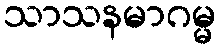
သာသနမာဂမ္မ